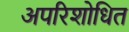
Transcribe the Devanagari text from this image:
अपरिशोधित